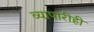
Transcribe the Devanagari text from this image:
व्यापारीही